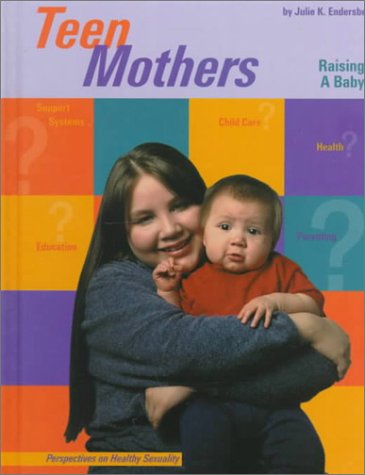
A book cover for Teen Mothers: Raising a Baby (Perspectives on Healthy Sexuality); Julie Endersbe; Teen & Young Adult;